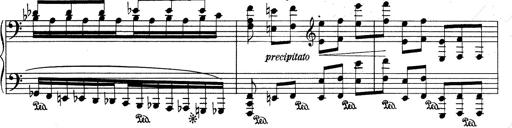
Title: RÃ©miniscences de Don Juan
Composer: Franz Liszt